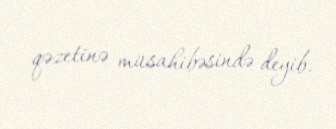
qəzetinə müsahibəsində deyib.